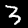
Digit: 3